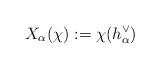
LaTeX: \begin{align*} X_{\alpha}(\chi):=\chi(h_{\alpha}^{\vee})\end{align*}